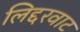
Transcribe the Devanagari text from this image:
लिद्दरवाट